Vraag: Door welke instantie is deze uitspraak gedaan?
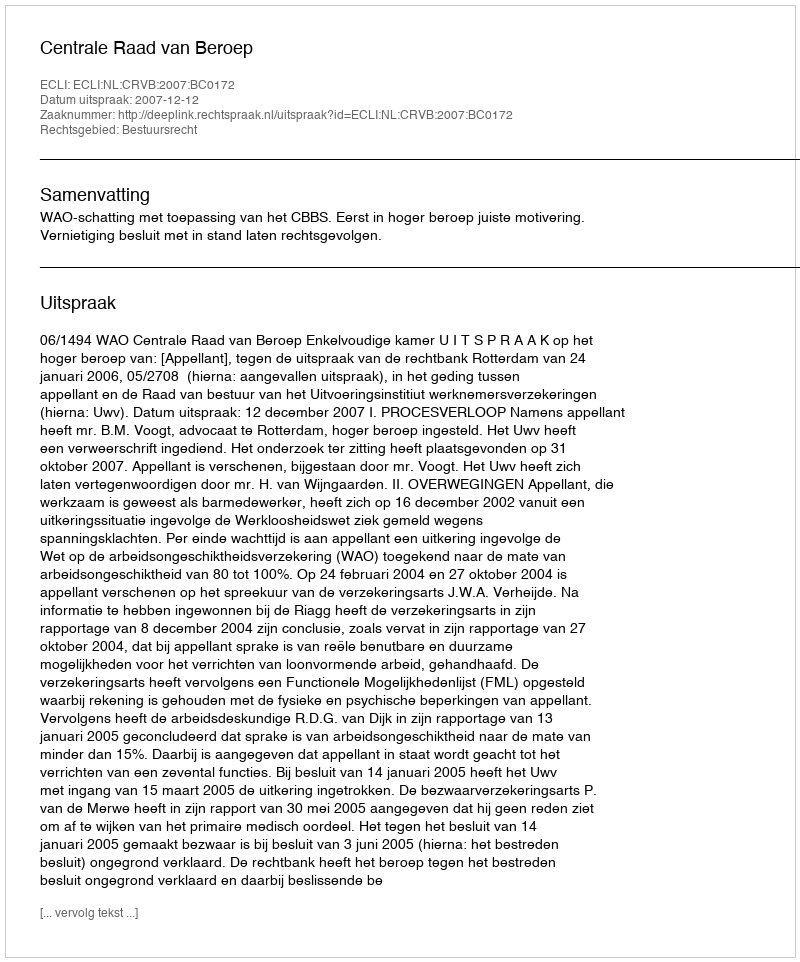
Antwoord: Centrale Raad van Beroep